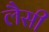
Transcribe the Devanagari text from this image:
लैसी